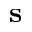
\mathbf { s }